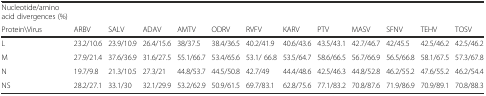
<table><thead><tr><td><b>Nucleotide/amino acid divergences (%)</b></td><td></td><td></td><td></td><td></td><td></td><td></td><td></td><td></td><td></td><td></td><td></td><td></td></tr><tr><td><b>Protein\Virus</b></td><td><b>ARBV</b></td><td><b>SALV</b></td><td><b>ADAV</b></td><td><b>AMTV</b></td><td><b>ODRV</b></td><td><b>RVFV</b></td><td><b>KARV</b></td><td><b>PTV</b></td><td><b>MASV</b></td><td><b>SFNV</b></td><td><b>TEHV</b></td><td><b>TOSV</b></td></tr></thead><tbody><tr><td>L</td><td>23.2/10.6</td><td>23.9/10.9</td><td>26.4/15.6</td><td>38/37.5</td><td>38.4/36.5</td><td>40.2/41.9</td><td>40.6/43.6</td><td>43.5/43.1</td><td>42.7/46.7</td><td>42/45.5</td><td>42.5/46.2</td><td>42.5/46.2</td></tr><tr><td>M</td><td>27.9/21.4</td><td>37.6/36.9</td><td>31.6/27.5</td><td>55.1/66.7</td><td>53.4/65.6</td><td>53.1/ 66.8</td><td>53.5/64.7</td><td>58.6/66.5</td><td>56.7/66.9</td><td>56.5/66.8</td><td>58.1/67.5</td><td>57.3/67.8</td></tr><tr><td>N</td><td>19.7/9.8</td><td>21.3/10.5</td><td>27.3/21</td><td>44.8/53.7</td><td>44.5/50.8</td><td>42.7/49</td><td>44.4/48.6</td><td>42.5/46.3</td><td>44.8/52.8</td><td>46.2/55.2</td><td>47.6/55.2</td><td>46.2/54.4</td></tr><tr><td>NS</td><td>28.2/27.1</td><td>33.1/30</td><td>32.1/29.9</td><td>53.2/62.9</td><td>50.9/61.5</td><td>69.7/83.1</td><td>62.8/75.6</td><td>77.1/83.2</td><td>70.8/87.6</td><td>71.9/86.9</td><td>70.9/89.1</td><td>70.8/88.3</td></tr></tbody></table>